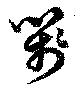
箋